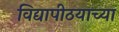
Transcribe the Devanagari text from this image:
विद्यापीठयाच्या